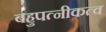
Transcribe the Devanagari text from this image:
बहुपत्नीकत्व